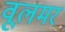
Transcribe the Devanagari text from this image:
वूलमर